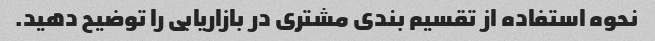
نحوه استفاده از تقسیم بندی مشتری در بازاریابی را توضیح دهید.